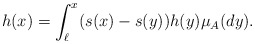
\begin{align*}h(x)=\int_{\ell}^x (s(x)-s(y))h(y)\mu_A(dy). \end{align*}